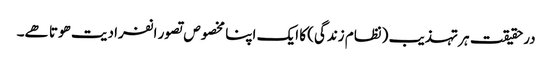
درحقیقت ہر تہذیب (نظام زندگی) کا ایک اپنا مخصوص تصور انفرادیت ھوتا ھے۔